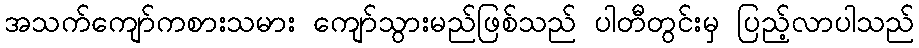
အသက်ကျော်ကစားသမား ကျော်သွားမည်ဖြစ်သည် ပါတီတွင်းမှ ပြည့်လာပါသည်